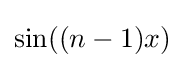
\sin((n-1)x)